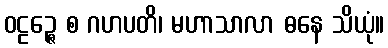
ဝဠဉ္ဇေ စ ဂဟပတိ၊ မဟာသာလာ ဓနေ သိယုံ။